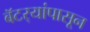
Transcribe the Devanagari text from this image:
बॅटर्‍यांपासून